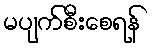
မပျက်စီးစေရန်